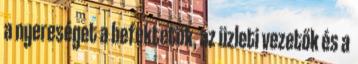
a nyereséget a befektetők, az üzleti vezetők és a